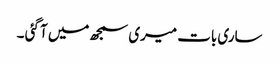
ساری بات میری سمجھ میں آ گئی ۔